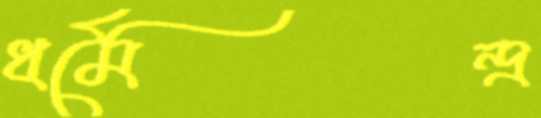
ধর্মেন্দ্র